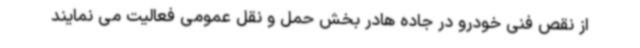
از نقص فنی خودرو در جاده هادر بخش حمل و نقل عمومی فعالیت می نمایند